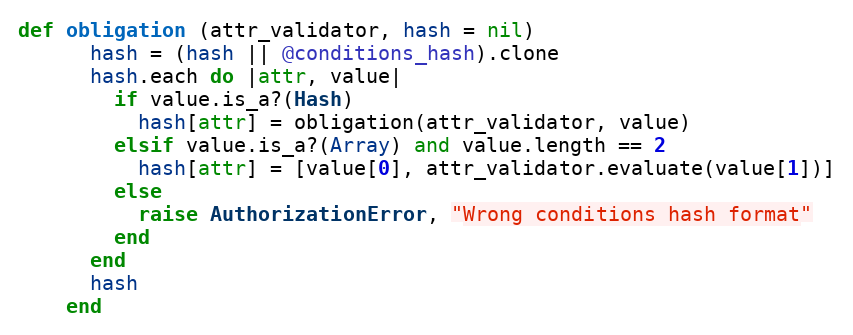
Language: Ruby
def obligation (attr_validator, hash = nil)
      hash = (hash || @conditions_hash).clone
      hash.each do |attr, value|
        if value.is_a?(Hash)
          hash[attr] = obligation(attr_validator, value)
        elsif value.is_a?(Array) and value.length == 2
          hash[attr] = [value[0], attr_validator.evaluate(value[1])]
        else
          raise AuthorizationError, "Wrong conditions hash format"
        end
      end
      hash
    end